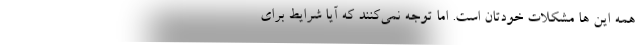
همه این ها مشکلات خودتان است. اما توجه نمی‌کنند که آیا شرایط برای